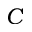
C